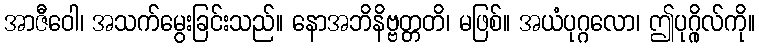
အာဇီဝေါ၊ အသက်မွေးခြင်းသည်။ နောအဘိနိဗ္ဗတ္တတိ၊ မဖြစ်။ အယံပုဂ္ဂလော၊ ဤပုဂ္ဂိုလ်ကို။